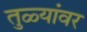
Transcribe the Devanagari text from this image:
तुळ्यांवर